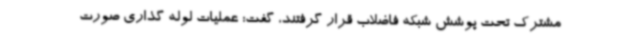
مشترک تحت پوشش شبکه فاضلاب قرار گرفتند، گفت: عملیات لوله گذاری صورت